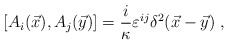
\begin{align*}\left[A_{i}(\vec{x}), A_{j}(\vec{y})\right]=\frac{i}{\kappa}\varepsilon^{ij}\delta^{2}(\vec{x}-\vec{y})\;,\end{align*}